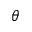
\theta